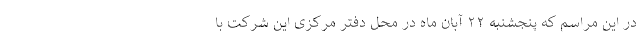
در این مراسم که پنجشنبه ۲۲ آبان ماه در محل دفتر مرکزی این شرکت با